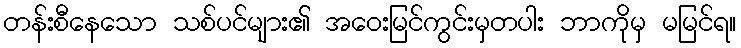
တန်းစီနေသော သစ်ပင်များ၏ အဝေးမြင်ကွင်းမှတပါး ဘာကိုမှ မမြင်ရ။